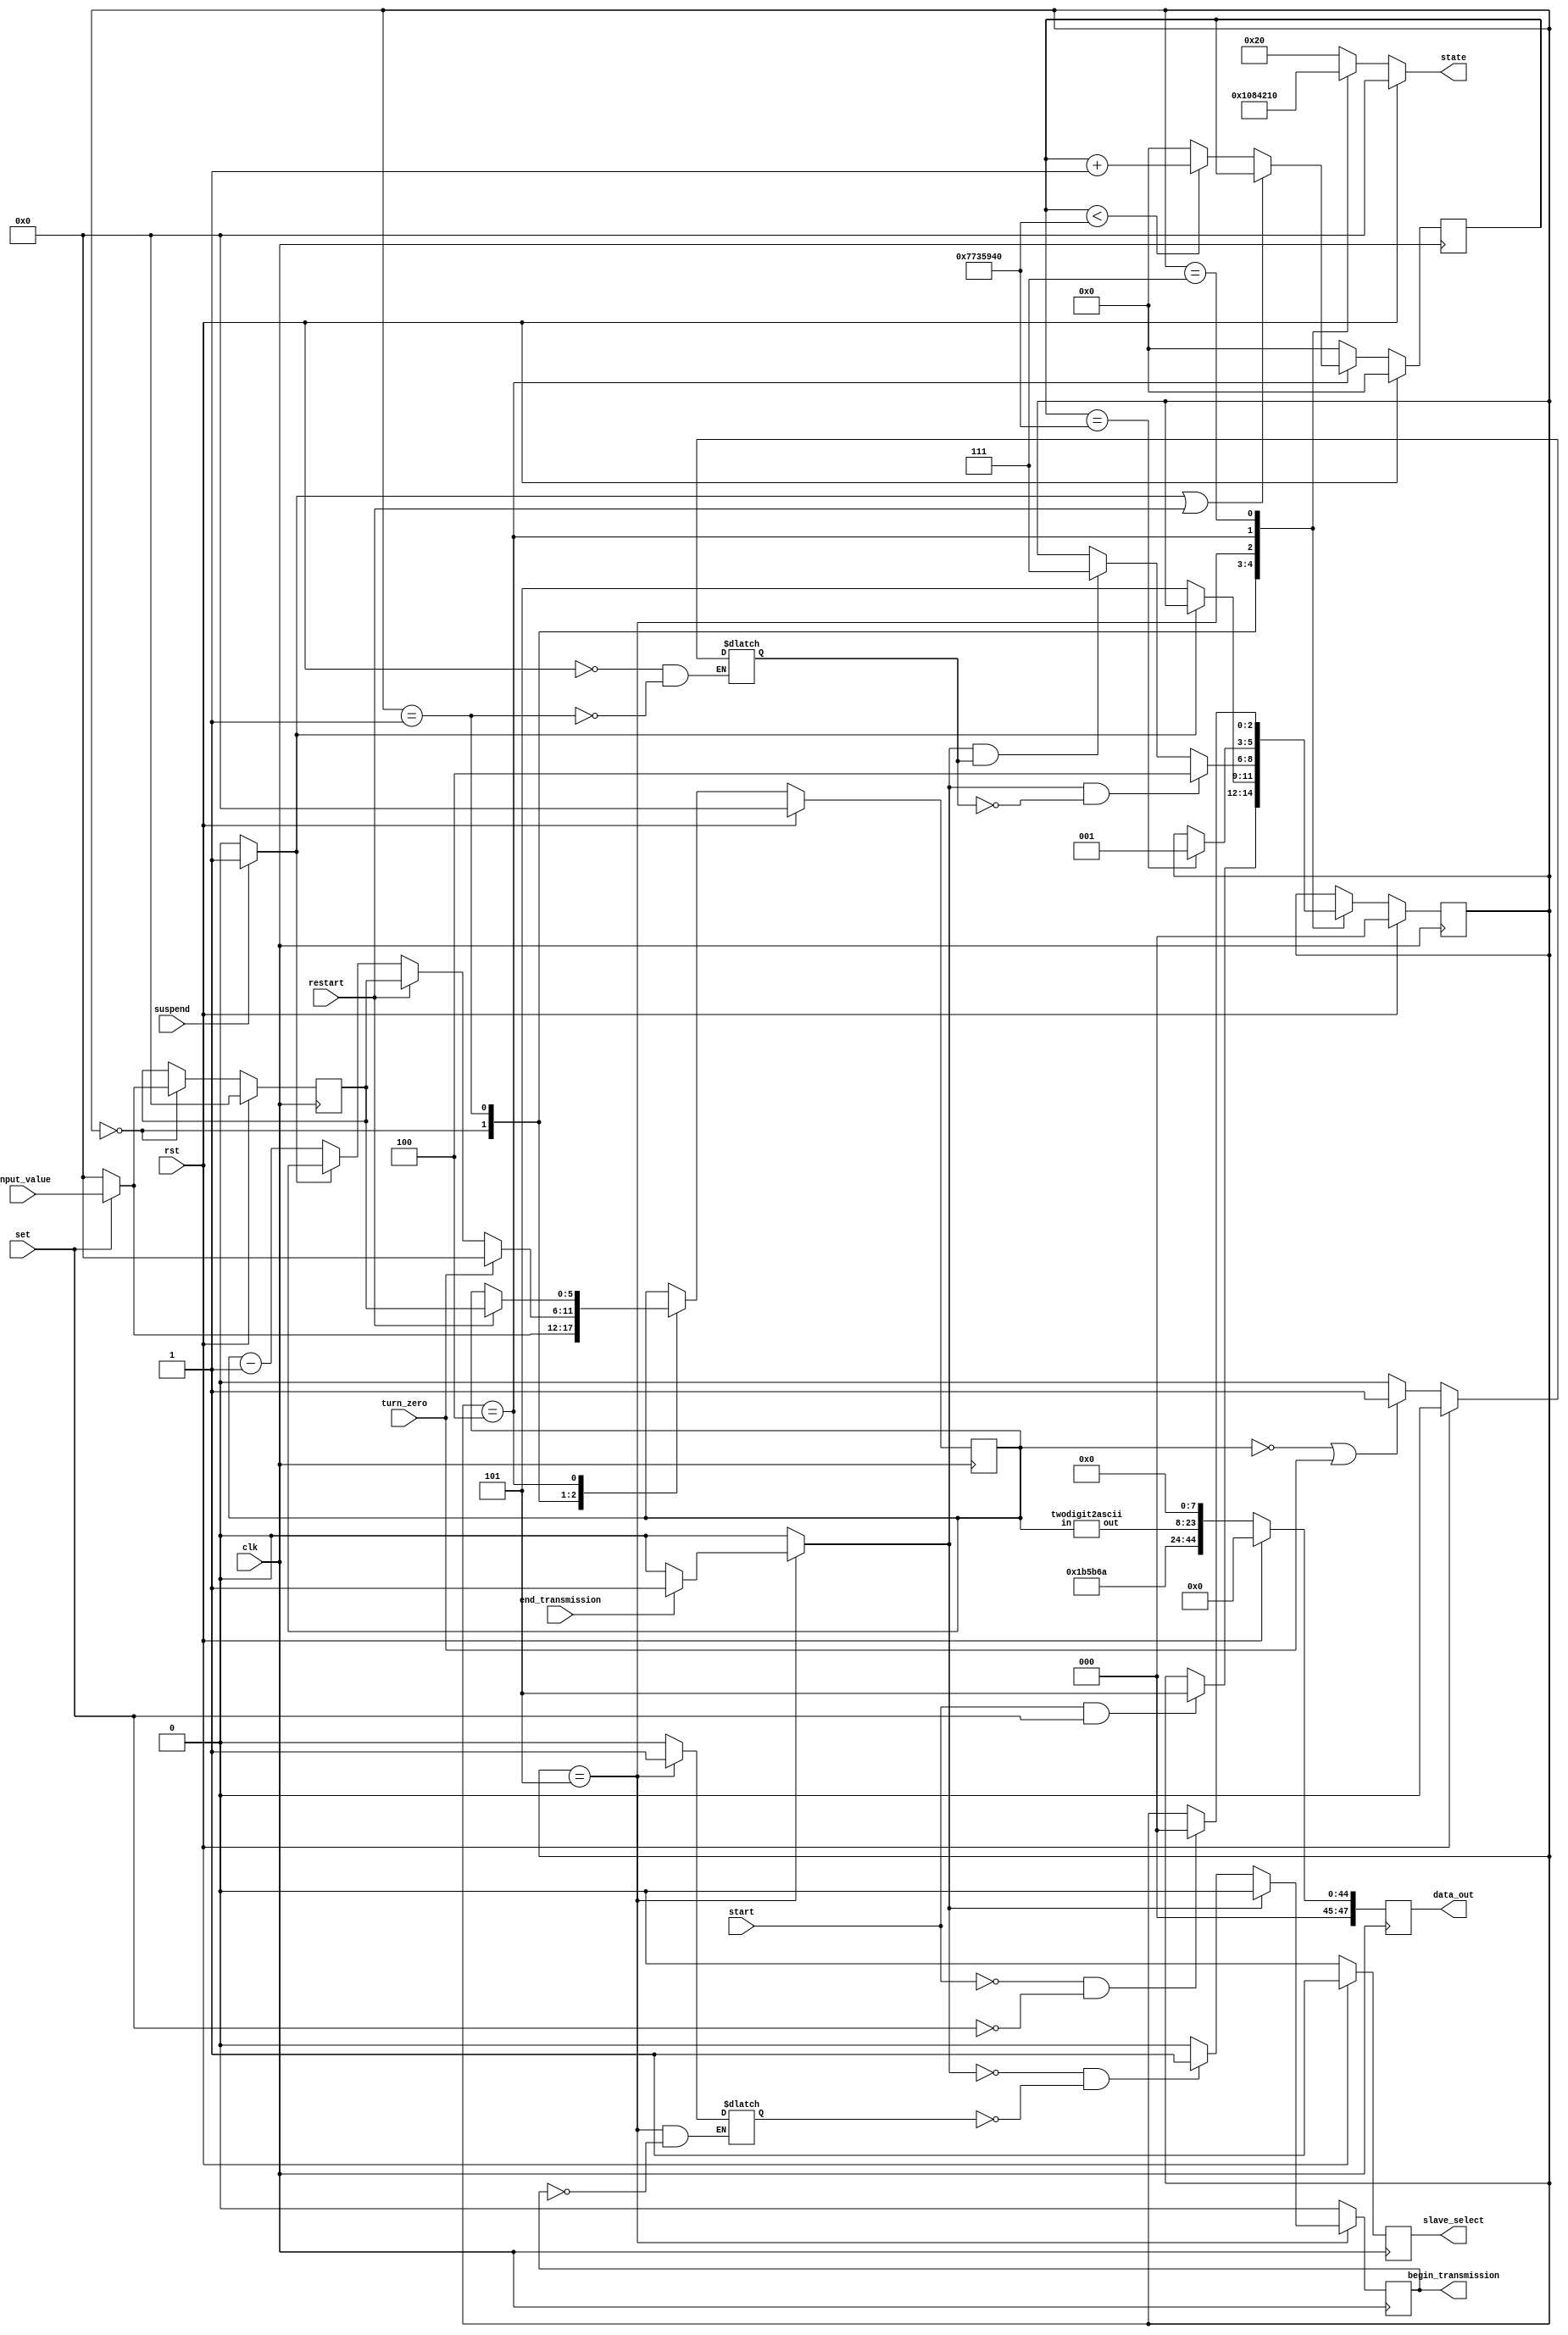
`ifndef _FSM_V
`define _FSM_V


// Finite State Machine
`define set_state			 3'b000//0
`define count_down_state     3'b001//1
`define display_state        3'b101//2
`define delay_display        3'b100//3
`define finish_state         3'b111//4


module fsm(		
//         -------------- input --------------------
				clk,
				set,
				input_value,
				turn_zero,
				start,
				suspend,
				restart,
				end_transmission,
				rst,
// ---------------------- output --------------------
				data_out,
				slave_select,
				begin_transmission,
				state
				);

//   ---------------------- inpput ----------------------
input clk,set,start,suspend,restart,rst,turn_zero,end_transmission;
                                                                          
input [5:0]	input_value; // value from 0  to 63




//------------------------ output -------------------------
output reg [47:0] data_out;

output reg slave_select, begin_transmission;
//           done           done

wire  [15:0] ascii_out;
//				done
output reg [5:0] state;


//-------------------------Temporary for state or others -------------------------------
reg [5:0] set_value, current_value;
//           done         done

reg  sus_click,finish, end_display;
//		done	done   done

reg [2:0] current_state, next_state;
//			 done			done

reg [26:0] delay_cnt;
parameter delay_cnt_max =  27'd125_000_000;
//   27'd125_00;

//  ---------------- Put the current value to output the ascii code for output
		twodigit2ascii ascii_decoder(current_value, ascii_out);




//     ----------------- State Transition FF --------------------------------------
		always@(posedge clk)begin
				if(rst)
						current_state <= `set_state;
                else
						current_state <= next_state;
		end

//							  NextState Logic Combinational Logic
		always@(clk)begin
				if(rst)begin
						next_state = `set_state;
				end
				else begin
						case(current_state) 
						`set_state : 
									if(start && set)
										next_state = `display_state;
								    else
										next_state = current_state;
						`count_down_state:
								    if(sus_click == 1'b0)
										next_state = `display_state;
								    else
										next_state = current_state;
						`display_state:
								    if(end_display && finish == 1'b0)
										next_state = `delay_display;
								    else if(end_display && finish == 1'b1)
										next_state = `finish_state;
								    else
										next_state = current_state;
						`delay_display://             Newly Add Display Delay
										if(delay_cnt == delay_cnt_max)
												next_state = `count_down_state;
										else
												next_state = current_state;
						`finish_state:
								    if(start==1'b0 && set== 1'b0)
										next_state = `set_state;
								    else
										next_state = current_state;
						default:
										next_state = current_state;
						endcase
				end
		end
								
// ------------------------------- CurrentValue SetValue CL logic ----------------------
//               Current Value Change for each transition of state
		always@(posedge clk)begin
				if(rst)begin
						current_value <= 6'd0;
						set_value     <= 6'd0;
				end
				else begin

						case(current_state)
								`set_state:	begin
												if(set)begin
														set_value <=  input_value; 
														current_value <= input_value;
												end
												else begin
														set_value <=  6'd0;
														current_value <= 6'd0;
												end
										end
								`count_down_state: begin
												if(turn_zero) // higher Priority
														current_value <= 6'd0;
												else if(restart)
														current_value <= set_value;
												else if(sus_click)
														current_value <= current_value;
												else
														current_value <= current_value -1;
										end
								`delay_display:
												if(restart)
														current_value <= set_value;
												else
														current_value <= current_value;

								default:begin
										current_value <= current_value;
										set_value <= set_value;
								end
						endcase
				end
		end


// ----------------------------------       sus_click ------------------------
		always@(*)begin
				if(suspend == 1'b1 )begin
						sus_click = 1'b1;
				end
				else	begin
						sus_click = 1'b0;
				end
		end
// ----------------------------------   finish ----------------------------------
		always@(*)begin
				if(rst) finish <= 1'b0;
				else if(current_state == `count_down_state)begin
						if( current_value == 6'd0 || turn_zero == 1'b1)
								finish <= 1'b1;
						else
								finish <= 1'b0;
				end
				else
								finish <= finish;
		end

// ----------------------- Slave Select  ----------------------------------------

		always@(posedge clk)begin
				/*case(current_state)
					`count_down_state:
								    if(sus_click == 1'b0 )
										slave_select <= 1'b0;
									else
										slave_select <= 1'b1;
				    `display_state:
								    if(end_display && finish == 1'b0)
										slave_select <= 1'b1;
								    else if(end_display && finish == 1'b1)
										slave_select <= 1'b1;
								    else
										slave_select <= 1'b0;
				    default:
								slave_select <= 1'b1;
				endcase*/
				if(rst) slave_select <= 1'b1;
				else slave_select <= 1'b0;
		end


//    --------------            Display Command Counter ------------------------------
/*		reg [3:0] count_end;

		always@(end_transmission or rst)begin
				if(rst)begin
						count_end <= 4'd0;
				end
				else if(count_end == 4'd6 )begin
						count_end <= 4'd0;
				end
				else if(end_transmission == 1'b1 && count_end < 4'd6)
						count_end <= count_end + 4'd1;
				else begin
						count_end <= count_end;
				end
		end
*/
// -------------------------- end_display -----------------------------		
		always@(*)begin
				case(current_state)
						`display_state:
										if(end_transmission == 1'b1)
												end_display = 1'b1;
										else
												end_display = 1'b0;
						default:
										end_display = 1'b0;
				endcase
		end

//     --------------------- Command Line Sequence -------------------------------------
/*
		always@(*)begin
				case(count_end)
						4'd0:			data_out[7:0]= 8'h1B;		// Esc
						4'd1:			data_out[7:0]= 8'h5B;		// [
						4'd2:			data_out[7:0]= 8'h6A;		// j
                                                      
						 // Set the cursor p_osition to row 0 column 3
						4'd3:           data_out[7:0]= ascii_out[15:8];
						4'd4:          data_out[7:0]= ascii_out[7:0];
						4'd5:          data_out[7:0]= 8'h00;       // NULL
						                    
				default:
								data_out[7:0] = 8'h1B;

				endcase
		end
*/
always@(posedge clk)begin
		if(rst) data_out[47:0] <= 48'b0;
		else data_out[47:0] <= {24'h1B5B6A,ascii_out[15:8],ascii_out[7:0],8'h00};
end


reg  first_begin_done;
always@(clk)begin
		if(current_state == `display_state)begin
		    		if(begin_transmission == 1'b1)
						first_begin_done <= 1'b1;
				    else 
						first_begin_done <= first_begin_done;
		end
		else
						first_begin_done <= 1'b0;

end


reg [3:0] end_buf;
always@(posedge clk)begin
				if(rst) end_buf <= 4'b0;
				else begin
						end_buf[0] <= end_transmission;
						end_buf[3:1] <= end_buf [2:0];
				end
end

//                    May having Bug Issue ---------------
// ------------------------- Begin_Transmission -------------------------------
		always@(posedge clk)begin
		   case(current_state)
				`display_state:
								if(end_display == 1'b1) 
										begin_transmission <= 1'b0;
								else if(end_display == 'd0 && first_begin_done == 1'b0) 
										begin_transmission <= 1'b1;
								else
										begin_transmission <= 1'b0;
				default:
								begin_transmission <= 1'b0;
		   endcase

		end
//-----------------------------------------------------------------------	

//------------------------------ delay_cnt -------------------------------
		always@(posedge clk)begin
				if(rst)
						delay_cnt <= 'd0;
				else begin
						case(current_state)
								`delay_display:  
												 if(sus_click || restart)
														delay_cnt <= delay_cnt;
												 else if(delay_cnt < delay_cnt_max)
														delay_cnt <= delay_cnt + 'd1;
												 else
														delay_cnt <= 'd0;
										default:
												delay_cnt <= 'd0;
						endcase

				end
		end
//------------------------ state ------------------------------------
		always@(clk)begin
				if(rst)begin
						state = 6'b0;
				end
				else begin
						case(current_state) 
						`set_state : 
										state = 6'b000_001;
						`count_down_state:
										state = 6'b000_010;
						`display_state:
										state = 6'b000_100;
						`delay_display://             Newly Add Display Delay
										state = 6'b001_000;
						`finish_state:
										state = 6'b010_000;
						default:
										state = 6'b100_000;
						endcase
				end
		end


endmodule










//------------------------------ Binary2ASCII module ------------------------
`define	ascii0 8'b0011_0000
`define	ascii1 8'b0011_0001
`define	ascii2 8'b0011_0010
`define	ascii3 8'b0011_0011
`define	ascii4 8'b0011_0100
`define	ascii5 8'b0011_0101
`define	ascii6 8'b0011_0110
`define	ascii7 8'b0011_0111
`define	ascii8 8'b0011_1000
`define	ascii9 8'b0011_1001


module twodigit2ascii(in, out);
		input [5:0] in; // input from 0 to 60

		output reg [15:0] out;


		reg [5:0] digit10;
		reg [5:0] digit1;
		always@(in)begin
				digit10 = in / 6'd10;		
				digit1  = in % 6'd10;
		end
// ---------------------------------- Digit10 Decode -----------------------
		always@(*)begin
				case(digit10) 
					6'd0 : out[15:8] =  `ascii0;
                    6'd1 : out[15:8] =  `ascii1;
                    6'd2 : out[15:8] =  `ascii2;
                    6'd3 : out[15:8] =  `ascii3;
                    6'd4 : out[15:8] =  `ascii4;
                    6'd5 : out[15:8] =  `ascii5;
                    6'd6 : out[15:8] =  `ascii6;
                    6'd7 : out[15:8] =  `ascii7;
                    6'd8 : out[15:8] =  `ascii8;
                    6'd9 : out[15:8] =  `ascii9;
				default :
						out[15:8] = 8'b0;
				endcase
		end


//---------------------------------- Digit1 Decode ------------------------------
		always@(*)begin
				case(digit1)
					6'd0 : out[7:0] =  `ascii0;
                    6'd1 : out[7:0] =  `ascii1;
                    6'd2 : out[7:0] =  `ascii2;
                    6'd3 : out[7:0] =  `ascii3;
                    6'd4 : out[7:0] =  `ascii4;
                    6'd5 : out[7:0] =  `ascii5;
                    6'd6 : out[7:0] =  `ascii6;
                    6'd7 : out[7:0] =  `ascii7;
                    6'd8 : out[7:0] =  `ascii8;
                    6'd9 : out[7:0] =  `ascii9;
				default :
						out[7:0] = 8'b0;
				endcase
		end
endmodule



`endif